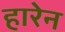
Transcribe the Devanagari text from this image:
हारेन